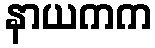
နာယကက